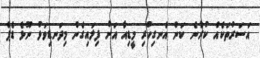
އަސަރުތަކެއް ކުރާނެ ކަން އެނގިހުރި މީޑިއާ އަށް ފިލައިގެން މިދަނޑިވަޅު ނޫޅެ ޑެޕް